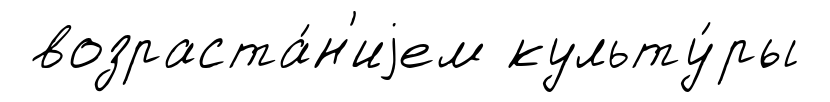
возраста́н'иjем культу́ры